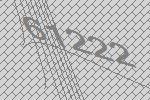
61222